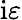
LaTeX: \mathrm{i}\varepsilon